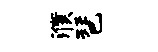
濮琶